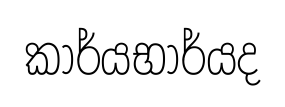
කාර්යභාර්යද